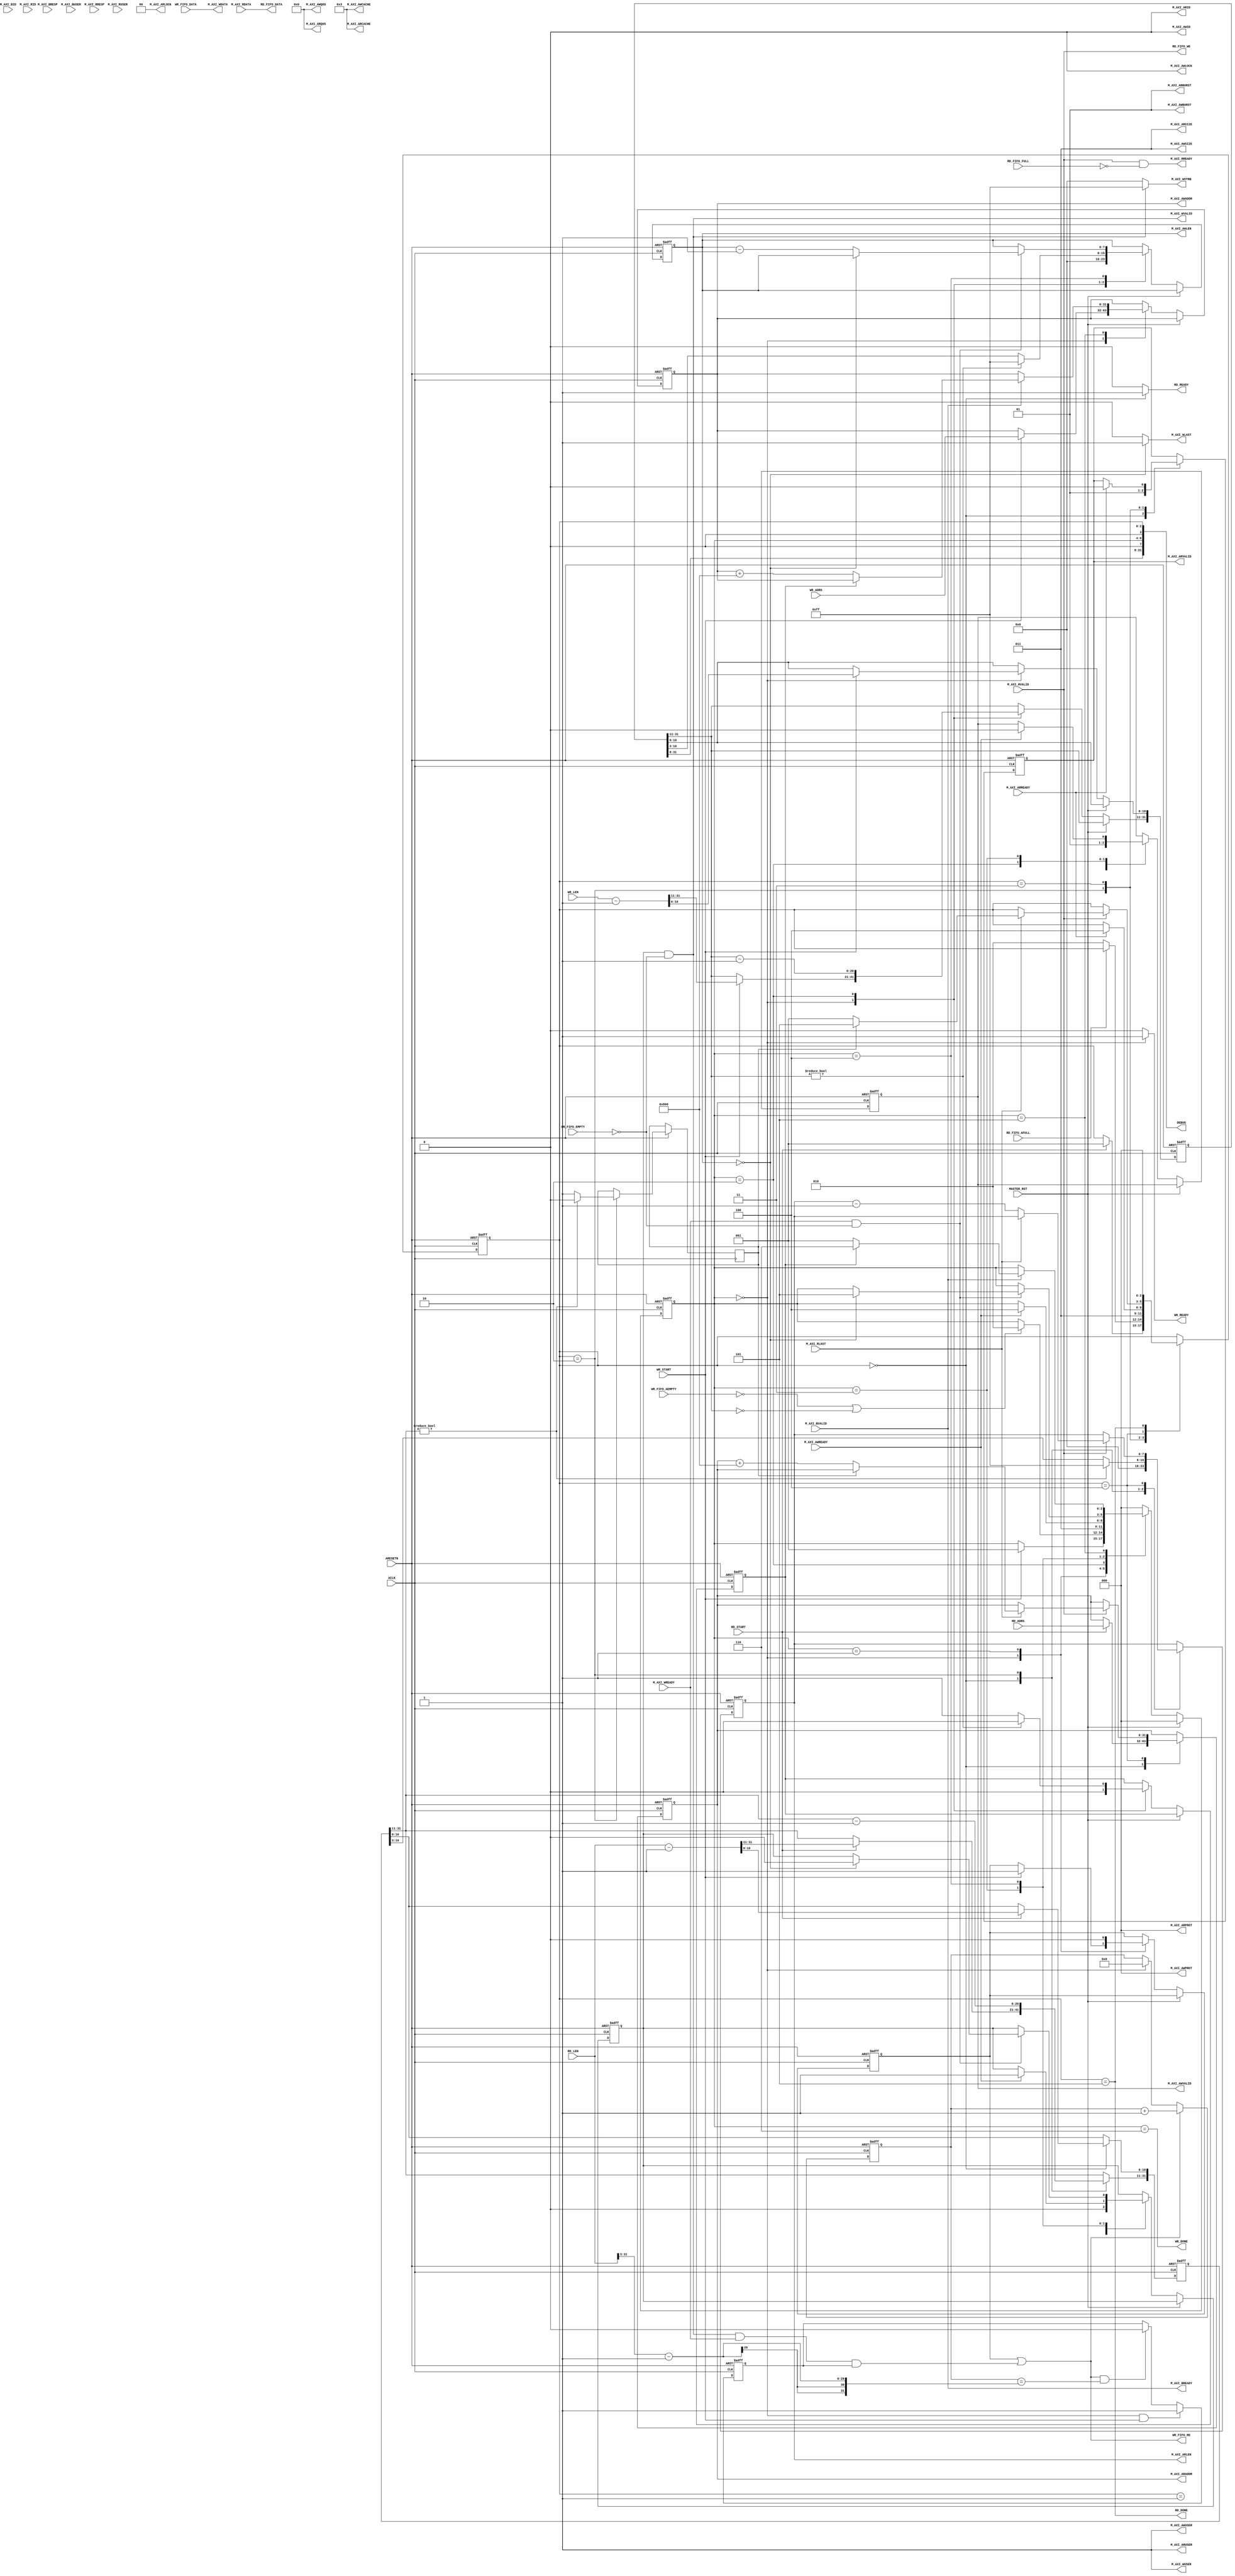
module aq_axi_master(
  // Reset, Clock
  input           ARESETN,
  input           ACLK,

  // Master Write Address
  output [0:0]  M_AXI_AWID,
  output [31:0] M_AXI_AWADDR,
  output [7:0]  M_AXI_AWLEN,    // Burst Length: 0-255
  output [2:0]  M_AXI_AWSIZE,   // Burst Size: Fixed 2'b011
  output [1:0]  M_AXI_AWBURST,  // Burst Type: Fixed 2'b01(Incremental Burst)
  output        M_AXI_AWLOCK,   // Lock: Fixed 2'b00
  output [3:0]  M_AXI_AWCACHE,  // Cache: Fiex 2'b0011
  output [2:0]  M_AXI_AWPROT,   // Protect: Fixed 2'b000
  output [3:0]  M_AXI_AWQOS,    // QoS: Fixed 2'b0000
  output [0:0]  M_AXI_AWUSER,   // User: Fixed 32'd0
  output        M_AXI_AWVALID,
  input         M_AXI_AWREADY,

  // Master Write Data
  output [63:0] M_AXI_WDATA,
  output [7:0]  M_AXI_WSTRB,
  output        M_AXI_WLAST,
  output [0:0]  M_AXI_WUSER,
  output        M_AXI_WVALID,
  input         M_AXI_WREADY,

  // Master Write Response
  input [0:0]   M_AXI_BID,
  input [1:0]   M_AXI_BRESP,
  input [0:0]   M_AXI_BUSER,
  input         M_AXI_BVALID,
  output        M_AXI_BREADY,
    
  // Master Read Address
  output [0:0]  M_AXI_ARID,
  output [31:0] M_AXI_ARADDR,
  output [7:0]  M_AXI_ARLEN,
  output [2:0]  M_AXI_ARSIZE,
  output [1:0]  M_AXI_ARBURST,
  output [1:0]  M_AXI_ARLOCK,
  output [3:0]  M_AXI_ARCACHE,
  output [2:0]  M_AXI_ARPROT,
  output [3:0]  M_AXI_ARQOS,
  output [0:0]  M_AXI_ARUSER,
  output        M_AXI_ARVALID,
  input         M_AXI_ARREADY,
    
  // Master Read Data 
  input [0:0]   M_AXI_RID,
  input [63:0]  M_AXI_RDATA,
  input [1:0]   M_AXI_RRESP,
  input         M_AXI_RLAST,
  input [0:0]   M_AXI_RUSER,
  input         M_AXI_RVALID,
  output        M_AXI_RREADY,
        
  // Local Bus
  input         MASTER_RST,
  
  input         WR_START,
  input [31:0]  WR_ADRS,
  input [31:0]  WR_LEN, 
  output        WR_READY,
  output        WR_FIFO_RE,
  input         WR_FIFO_EMPTY,
  input         WR_FIFO_AEMPTY,
  input [63:0]  WR_FIFO_DATA,
  output        WR_DONE,

  input         RD_START,
  input [31:0]  RD_ADRS,
  input [31:0]  RD_LEN, 
  output        RD_READY,
  output        RD_FIFO_WE,
  input         RD_FIFO_FULL,
  input         RD_FIFO_AFULL,
  output [63:0] RD_FIFO_DATA,
  output        RD_DONE,

  output [31:0] DEBUG
);

  localparam S_WR_IDLE  = 3'd0;
  localparam S_WA_WAIT  = 3'd1;
  localparam S_WA_START = 3'd2;
  localparam S_WD_WAIT  = 3'd3;
  localparam S_WD_PROC  = 3'd4;
  localparam S_WR_WAIT  = 3'd5;
  localparam S_WR_DONE  = 3'd6;
  
  reg [2:0]   wr_state;
  reg [31:0]  reg_wr_adrs;
  reg [31:0]  reg_wr_len;
  reg         reg_awvalid, reg_wvalid, reg_w_last;
  reg [7:0]   reg_w_len;
  reg [7:0]   reg_w_stb;
  reg [1:0]   reg_wr_status;
  reg [3:0]   reg_w_count, reg_r_count;

  reg [7:0]   rd_chkdata, wr_chkdata;
  reg [1:0]   resp;
  reg rd_first_data;
  reg rd_fifo_enable;
  reg[31:0] rd_fifo_cnt;
assign WR_DONE = (wr_state == S_WR_DONE);



assign WR_FIFO_RE         = rd_first_data | (reg_wvalid & ~WR_FIFO_EMPTY & M_AXI_WREADY & rd_fifo_enable);
//assign WR_FIFO_RE         = reg_wvalid & ~WR_FIFO_EMPTY & M_AXI_WREADY;
always @(posedge ACLK or negedge ARESETN)
begin
	if(!ARESETN)
		rd_fifo_cnt <= 32'd0;
	else if(WR_FIFO_RE)
		rd_fifo_cnt <= rd_fifo_cnt + 32'd1;
	else if(wr_state == S_WR_IDLE)
		rd_fifo_cnt <= 32'd0;	
end

always @(posedge ACLK or negedge ARESETN)
begin
	if(!ARESETN)
		rd_fifo_enable <= 1'b0;
	else if(wr_state == S_WR_IDLE && WR_START)
		rd_fifo_enable <= 1'b1;
	else if(WR_FIFO_RE && (rd_fifo_cnt == RD_LEN[31:3] - 32'd1) )
		rd_fifo_enable <= 1'b0;		
end
  // Write State
  always @(posedge ACLK or negedge ARESETN) begin
    if(!ARESETN) begin
      wr_state            <= S_WR_IDLE;
      reg_wr_adrs[31:0]   <= 32'd0;
      reg_wr_len[31:0]    <= 32'd0;
      reg_awvalid         <= 1'b0;
      reg_wvalid          <= 1'b0;
      reg_w_last          <= 1'b0;
      reg_w_len[7:0]      <= 8'd0;
      reg_w_stb[7:0]      <= 8'd0;
      reg_wr_status[1:0]  <= 2'd0;
      reg_w_count[3:0]    <= 4'd0;
      reg_r_count[3:0]  <= 4'd0;
      wr_chkdata          <= 8'd0;
      rd_chkdata <= 8'd0;
      resp <= 2'd0;
	  rd_first_data <= 1'b0;
  end else begin
    if(MASTER_RST) begin
      wr_state <= S_WR_IDLE;
    end else begin
      case(wr_state)
        S_WR_IDLE: begin
          if(WR_START) begin
            wr_state          <= S_WA_WAIT;
            reg_wr_adrs[31:0] <= WR_ADRS[31:0];
            reg_wr_len[31:0]  <= WR_LEN[31:0] -32'd1;
			rd_first_data <= 1'b1;
          end
          reg_awvalid         <= 1'b0;
          reg_wvalid          <= 1'b0;
          reg_w_last          <= 1'b0;
          reg_w_len[7:0]      <= 8'd0;
          reg_w_stb[7:0]      <= 8'd0;
          reg_wr_status[1:0]  <= 2'd0;
        end
        S_WA_WAIT: begin
          if(!WR_FIFO_AEMPTY | (reg_wr_len[31:11] == 21'd0)) begin
            wr_state          <= S_WA_START;
          end
		  rd_first_data <= 1'b0;
        end
        S_WA_START: begin
          wr_state            <= S_WD_WAIT;
          reg_awvalid         <= 1'b1;
          reg_wr_len[31:11]    <= reg_wr_len[31:11] - 21'd1;
          if(reg_wr_len[31:11] != 21'd0) begin
            reg_w_len[7:0]  <= 8'hFF;
            reg_w_last      <= 1'b0;
            reg_w_stb[7:0]  <= 8'hFF;
          end else begin
            reg_w_len[7:0]  <= reg_wr_len[10:3];
            reg_w_last      <= 1'b1;
            reg_w_stb[7:0]  <= 8'hFF;
/*
            case(reg_wr_len[2:0]) begin
              case 3'd0: reg_w_stb[7:0]  <= 8'b0000_0000;
              case 3'd1: reg_w_stb[7:0]  <= 8'b0000_0001;
              case 3'd2: reg_w_stb[7:0]  <= 8'b0000_0011;
              case 3'd3: reg_w_stb[7:0]  <= 8'b0000_0111;
              case 3'd4: reg_w_stb[7:0]  <= 8'b0000_1111;
              case 3'd5: reg_w_stb[7:0]  <= 8'b0001_1111;
              case 3'd6: reg_w_stb[7:0]  <= 8'b0011_1111;
              case 3'd7: reg_w_stb[7:0]  <= 8'b0111_1111;
              default:   reg_w_stb[7:0]  <= 8'b1111_1111;
            endcase
*/
          end
        end
        S_WD_WAIT: begin
          if(M_AXI_AWREADY) begin
            wr_state        <= S_WD_PROC;
            reg_awvalid     <= 1'b0;
            reg_wvalid      <= 1'b1;
          end
        end
        S_WD_PROC: begin
          if(M_AXI_WREADY & ~WR_FIFO_EMPTY) begin
            if(reg_w_len[7:0] == 8'd0) begin
              wr_state        <= S_WR_WAIT;
              reg_wvalid      <= 1'b0;
              reg_w_stb[7:0]  <= 8'h00;
            end else begin
              reg_w_len[7:0]  <= reg_w_len[7:0] -8'd1;
            end
          end
        end
        S_WR_WAIT: begin
          if(M_AXI_BVALID) begin
            reg_wr_status[1:0]  <= reg_wr_status[1:0] | M_AXI_BRESP[1:0];
            if(reg_w_last) begin
              wr_state          <= S_WR_DONE;
            end else begin
              wr_state          <= S_WA_WAIT;
              reg_wr_adrs[31:0] <= reg_wr_adrs[31:0] + 32'd2048;
            end
          end
        end
        S_WR_DONE: begin
            wr_state <= S_WR_IDLE;
          end
        
        default: begin
          wr_state <= S_WR_IDLE;
        end
      endcase
/*
      if(WR_FIFO_RE) begin
        reg_w_count[3:0]  <= reg_w_count[3:0] + 4'd1;
      end
      if(RD_FIFO_WE)begin
        reg_r_count[3:0]  <= reg_r_count[3:0] + 4'd1;
      end
      if(M_AXI_AWREADY & M_AXI_AWVALID) begin
        wr_chkdata <= 8'hEE;
      end else if(M_AXI_WSTRB[7] & M_AXI_WVALID) begin
        wr_chkdata <= WR_FIFO_DATA[63:56];
      end
      if(M_AXI_AWREADY & M_AXI_AWVALID) begin
        rd_chkdata <= 8'hDD;
      end else if(M_AXI_WSTRB[7] & M_AXI_WREADY) begin
        rd_chkdata <= WR_FIFO_DATA[63:56];
      end
      if(M_AXI_BVALID & M_AXI_BREADY) begin
        resp <= M_AXI_BRESP;
      end
*/
      end
    end
  end
   
  assign M_AXI_AWID         = 1'b0;
  assign M_AXI_AWADDR[31:0] = reg_wr_adrs[31:0];
  assign M_AXI_AWLEN[7:0]   = reg_w_len[7:0];
  assign M_AXI_AWSIZE[2:0]  = 2'b011;
  assign M_AXI_AWBURST[1:0] = 2'b01;
  assign M_AXI_AWLOCK       = 1'b0;
  assign M_AXI_AWCACHE[3:0] = 4'b0011;
  assign M_AXI_AWPROT[2:0]  = 3'b000;
  assign M_AXI_AWQOS[3:0]   = 4'b0000;
  assign M_AXI_AWUSER[0]    = 1'b1;
  assign M_AXI_AWVALID      = reg_awvalid;

  assign M_AXI_WDATA[63:0]  = WR_FIFO_DATA[63:0];
//  assign M_AXI_WSTRB[7:0]   = (reg_w_len[7:0] == 8'd0)?reg_w_stb[7:0]:8'hFF;
//  assign M_AXI_WSTRB[7:0]   = (wr_state == S_WD_PROC)?8'hFF:8'h00;
  assign M_AXI_WSTRB[7:0]   = (reg_wvalid & ~WR_FIFO_EMPTY)?8'hFF:8'h00;
  assign M_AXI_WLAST        = (reg_w_len[7:0] == 8'd0)?1'b1:1'b0;
  assign M_AXI_WUSER        = 1;
  assign M_AXI_WVALID       = reg_wvalid & ~WR_FIFO_EMPTY;
//  assign M_AXI_WVALID       = (wr_state == S_WD_PROC)?1'b1:1'b0;

  assign M_AXI_BREADY       = M_AXI_BVALID;

  assign WR_READY           = (wr_state == S_WR_IDLE)?1'b1:1'b0;
  
//  assign WR_FIFO_RE         = (wr_state == S_WD_PROC)?M_AXI_WREADY:1'b0;

  localparam S_RD_IDLE  = 3'd0;
  localparam S_RA_WAIT  = 3'd1;
  localparam S_RA_START = 3'd2;
  localparam S_RD_WAIT  = 3'd3;
  localparam S_RD_PROC  = 3'd4;
  localparam S_RD_DONE  = 3'd5;
  
  reg [2:0]   rd_state;
  reg [31:0]  reg_rd_adrs;
  reg [31:0]  reg_rd_len;
  reg         reg_arvalid, reg_r_last;
  reg [7:0]   reg_r_len;
 assign RD_DONE = (rd_state == S_RD_DONE) ; 
  // Read State
  always @(posedge ACLK or negedge ARESETN) begin
    if(!ARESETN) begin
      rd_state          <= S_RD_IDLE;
      reg_rd_adrs[31:0] <= 32'd0;
      reg_rd_len[31:0]  <= 32'd0;
      reg_arvalid       <= 1'b0;
      reg_r_len[7:0]    <= 8'd0;
    end else begin
      case(rd_state)
        S_RD_IDLE: begin
          if(RD_START) begin
            rd_state          <= S_RA_WAIT;
            reg_rd_adrs[31:0] <= RD_ADRS[31:0];
            reg_rd_len[31:0]  <= RD_LEN[31:0] -32'd1;
          end
          reg_arvalid     <= 1'b0;
          reg_r_len[7:0]  <= 8'd0;
        end
        S_RA_WAIT: begin
          if(~RD_FIFO_AFULL) begin
            rd_state          <= S_RA_START;
          end
        end
        S_RA_START: begin
          rd_state          <= S_RD_WAIT;
          reg_arvalid       <= 1'b1;
          reg_rd_len[31:11] <= reg_rd_len[31:11] -21'd1;
          if(reg_rd_len[31:11] != 21'd0) begin
            reg_r_last      <= 1'b0;
            reg_r_len[7:0]  <= 8'd255;
          end else begin
            reg_r_last      <= 1'b1;
            reg_r_len[7:0]  <= reg_rd_len[10:3];
          end
        end
        S_RD_WAIT: begin
          if(M_AXI_ARREADY) begin
            rd_state        <= S_RD_PROC;
            reg_arvalid     <= 1'b0;
          end
        end
        S_RD_PROC: begin
          if(M_AXI_RVALID) begin
            if(M_AXI_RLAST) begin
              if(reg_r_last) begin
                rd_state          <= S_RD_DONE;
              end else begin
                rd_state          <= S_RA_WAIT;
                reg_rd_adrs[31:0] <= reg_rd_adrs[31:0] + 32'd2048;
              end
            end else begin
              reg_r_len[7:0] <= reg_r_len[7:0] -8'd1;
            end
          end
        end
		S_RD_DONE:begin
			rd_state          <= S_RD_IDLE;
		end
			
	  endcase
    end
  end
   
  // Master Read Address
  assign M_AXI_ARID         = 1'b0;
  assign M_AXI_ARADDR[31:0] = reg_rd_adrs[31:0];
  assign M_AXI_ARLEN[7:0]   = reg_r_len[7:0];
  assign M_AXI_ARSIZE[2:0]  = 3'b011;
  assign M_AXI_ARBURST[1:0] = 2'b01;
  assign M_AXI_ARLOCK       = 1'b0;
  assign M_AXI_ARCACHE[3:0] = 4'b0011;
  assign M_AXI_ARPROT[2:0]  = 3'b000;
  assign M_AXI_ARQOS[3:0]   = 4'b0000;
  assign M_AXI_ARUSER[0]    = 1'b1;
  assign M_AXI_ARVALID      = reg_arvalid;

  assign M_AXI_RREADY       = M_AXI_RVALID & ~RD_FIFO_FULL;

  assign RD_READY           = (rd_state == S_RD_IDLE)?1'b1:1'b0;
  assign RD_FIFO_WE         = M_AXI_RVALID;
  assign RD_FIFO_DATA[63:0] = M_AXI_RDATA[63:0];

  assign DEBUG[31:0] = {reg_wr_len[31:8],
                        1'd0, wr_state[2:0], 1'd0, rd_state[2:0]};
   
endmodule